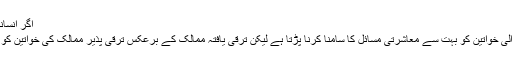
اگر انسانیت کا مستقبل روشن ہی نہ ہو اور انسان کی اس سلسلے
ویسے تودنیا کے ہر چھوٹے بڑے ملکوں میں رہنے والی خواتین کو بہت سے معاشرتی مسائل کا سامنا کرنا پڑتا ہے لیکن ترقی یافتہ ممالک کے برعکس ترقی پذیر ممالک کی خواتین کو بہت سے معاشرتی مسائل سے نبردآزما ہونا پڑتا ہے ۔